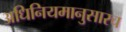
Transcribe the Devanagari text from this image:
अधिनियमानुसारच